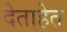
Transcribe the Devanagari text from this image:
देताहेत